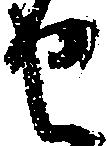
せ